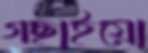
গছাইয়ো